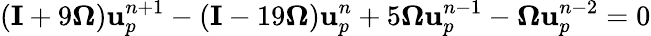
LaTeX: \left(\mathbf{I}+9\mathbf{\Omega}\right)\mathbf{u}_{p}^{n+1}-\left(\mathbf{I}-19\mathbf{\Omega}\right)\mathbf{u}_{p}^{n}+5\mathbf{\Omega}\mathbf{u}_{p}^{n-1}-\mathbf{\Omega}\mathbf{u}_{p}^{n-2}=0